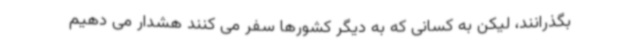
بگذرانند، لیکن به کسانی که به دیگر کشورها سفر می کنند هشدار می دهیم